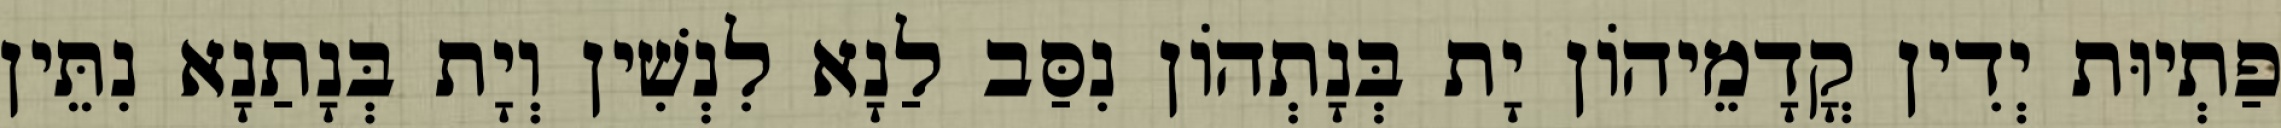
פַתְיוּת יְדִין קֳדָמֵיהוֹן יָת בְּנָתְהוֹן נִסַּב לַנָא לִנְשִׁין וְיָת בְּנָתַנָא נִתֵּין